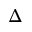
\Delta